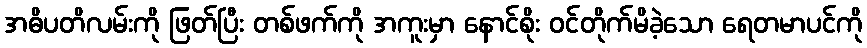
အဓိပတိလမ်းကို ဖြတ်ပြီး တစ်ဖက်ကို အကူးမှာ နောင်စိုး ဝင်တိုက်မိခဲ့သော ရေတမာပင်ကို